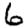
Digit: 6